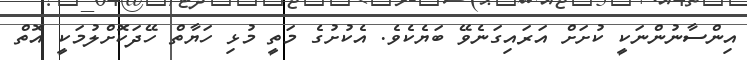
އިންސާނުންނަކީ ކުށަށް އަރައިގަނެވޭ ބަޔެކެވެ. އެކުށުގެ މަތީ މުޅި ހަޔާތް ހޭދަކޮށްލުމަކީ އޮތް